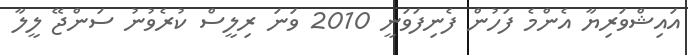
އައިޝްވަރިޔާ އެންމެ ފަހުން ފެނިފަވަނީ 2010 ވަނަ ރިލީސް ކުރެވުނު ސަންޖޭ ލީލާ